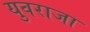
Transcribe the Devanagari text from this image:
युवराजा